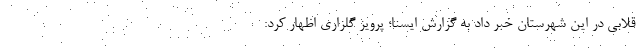
قلابی در این شهرستان خبر داد به گزارش ایسنا؛ پرویز گلزاری اظهار کرد: